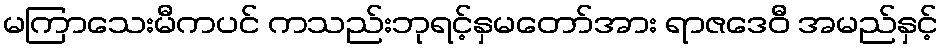
မကြာသေးမီကပင် ကသည်းဘုရင့်နှမတော်အား ရာဇဒေဝီ အမည်နှင့်